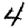
Digit: 4